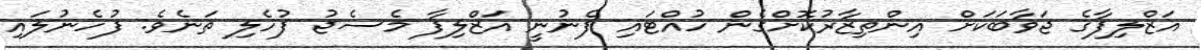
އަޒްލިފާގެ ޖަވާބަކަށް އިންތިޒާރުކޮށްގެން ހުއްޓައި ފެނުނީ އަޒްލިފާ މެސެޖު ފުހެލި ތަނެވެ. ފުހެނުލައި